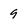
Character: 9